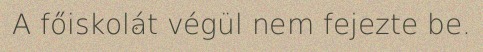
A főiskolát végül nem fejezte be.